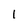
Character: 1